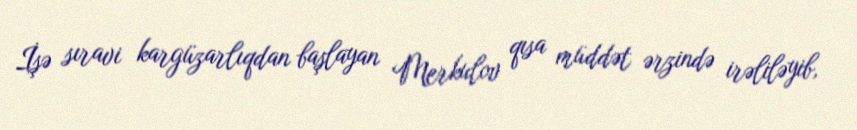
İşə sıravi kargüzarlıqdan başlayan Merkulov qısa müddət ərzində irəliləyib,